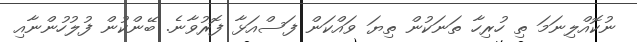
ނުކޮއްލިނަމަ ތި ހުރިހާ ތަނަކުން ތިޔަ ވައްކަން ފަސްއަޅާ ފޮރުވާނެ. ބޭންކުން ފުލުހުންނާއި